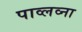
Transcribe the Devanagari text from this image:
पाव्लव्ना